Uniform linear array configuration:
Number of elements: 4
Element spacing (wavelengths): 0.25
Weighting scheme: binomial
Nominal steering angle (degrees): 60
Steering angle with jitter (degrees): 58.895
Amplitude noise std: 0.05
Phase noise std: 0.05

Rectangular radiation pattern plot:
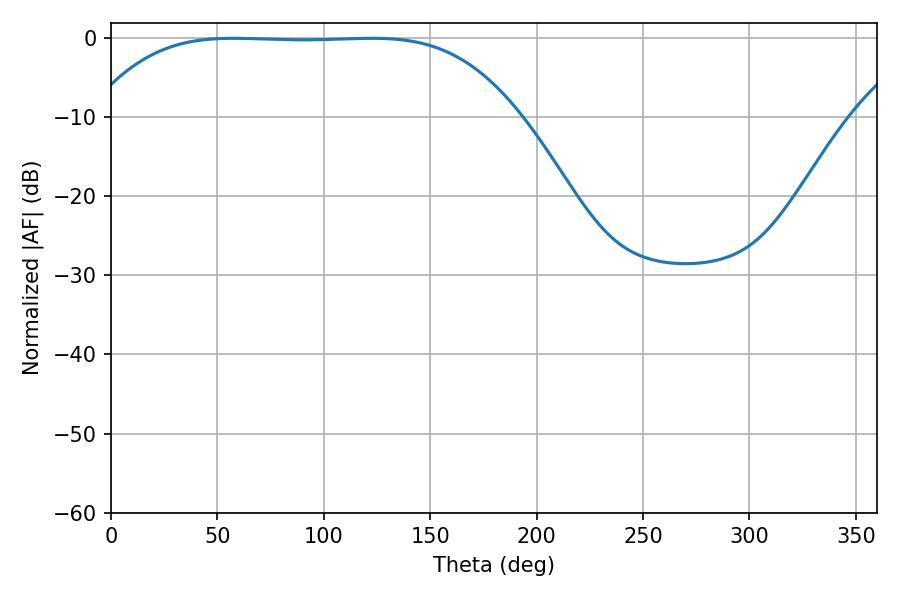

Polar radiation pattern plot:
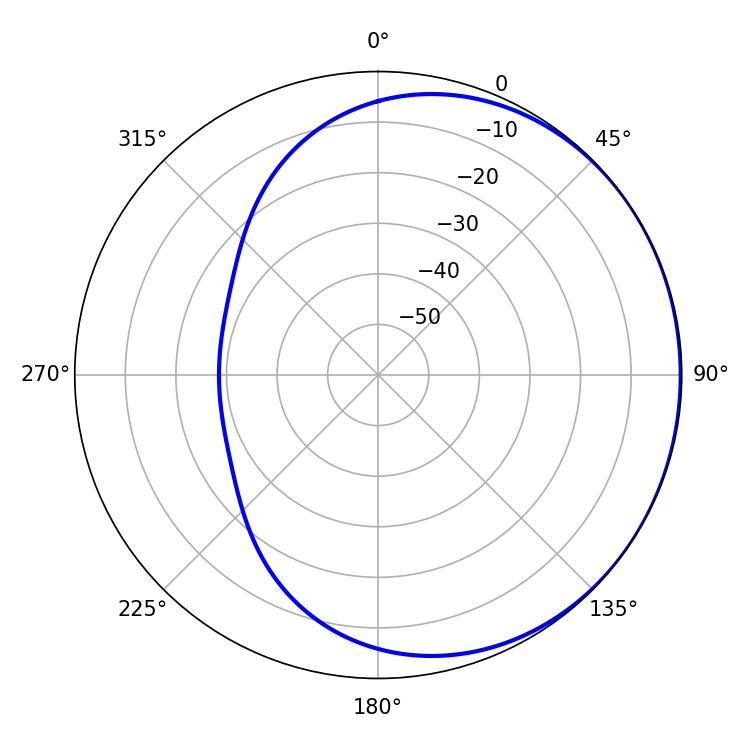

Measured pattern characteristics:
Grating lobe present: FALSE
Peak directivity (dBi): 0.422
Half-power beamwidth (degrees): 153.36
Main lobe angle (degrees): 57.42